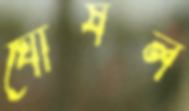
ঘোষল